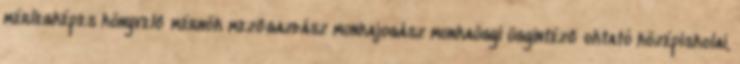
mérlegképes könyvelő mérnök mezőgazdász munkajogász munkaügyi ügyintéző oktató középiskolai,